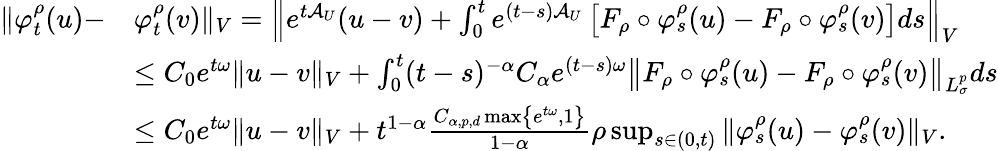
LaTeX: \begin{array}{rl}{\Vert\varphi_{t}^{\rho}(u)-}&{\varphi_{t}^{\rho}(v)\Vert_{V}=\left\Vert e^{t\mathcal{A}_{U}}(u-v)+\int_{0}^{t}e^{(t-s)\mathcal{A}_{U}}\left[F_{\rho}\circ\varphi_{s}^{\rho}(u)-F_{\rho}\circ\varphi_{s}^{\rho}(v)\right]ds\right\Vert_{V}}\\ &{\leq C_{0}e^{t\omega}\Vert u-v\Vert_{V}+\int_{0}^{t}(t-s)^{-\alpha}C_{\alpha}e^{(t-s)\omega}\left\Vert F_{\rho}\circ\varphi_{s}^{\rho}(u)-F_{\rho}\circ\varphi_{s}^{\rho}(v)\right\Vert_{L_{\sigma}^{p}}ds}\\ &{\leq C_{0}e^{t\omega}\Vert u-v\Vert_{V}+t^{1-\alpha}\frac{C_{\alpha,p,d}\operatorname*{max}\left\{ e^{t\omega},1\right\} }{1-\alpha}\rho\operatorname*{sup}_{s\in(0,t)}\Vert\varphi_{s}^{\rho}(u)-\varphi_{s}^{\rho}(v)\Vert_{V}.}\end{array}